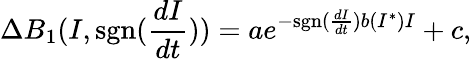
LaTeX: \Delta{B_{1}}(I,\mathrm{sgn}(\frac{dI}{dt}))=ae^{-\mathrm{sgn}(\frac{dI}{dt})b(I^{*})I}+c,